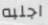
اجلبه